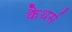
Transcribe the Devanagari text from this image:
कैथर्स